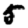
Digit: 5